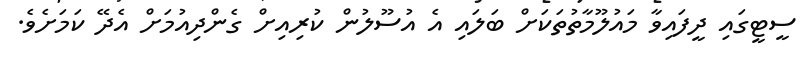
ސީޓީގައި ދީފައިވާ މައުލޫމާތުތަކަށް ބަލައި އެ އުސޫލުން ކުރިއިށް ގެންދިއުމަށް އެދޭ ކަމަށެވެ.